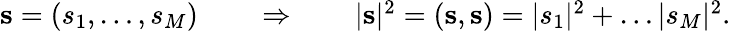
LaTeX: \begin{array}{r}{\mathbf{s}=(s_{1},\ldots,s_{M})\qquad\Rightarrow\qquad|\mathbf{s}|^{2}=(\mathbf{s},\mathbf{s})=|s_{1}|^{2}+\ldots|s_{M}|^{2}.}\end{array}